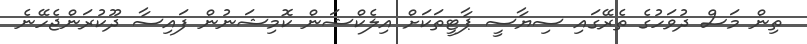
ތިން މަސް ދުވަހުގެ ތެރޭގައި ސިޔާސީ ޕާޓީތަކަށް އިލެކްޝަން ކޮމިޝަނުން ފައިސާ ދޫކުރަންޖެހޭނެ